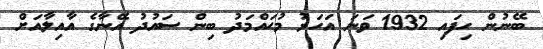
ބޭނުން ހިފައި 1932 ވަނަ އަހަރު މުޙައްމަދު ބިން ސައުދު އޭނާގެ އާއިލާއަށް